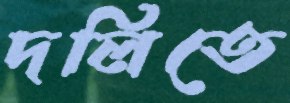
দলিতে